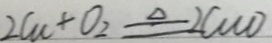
2 C u + 0 _ { 2 } \Delta q 2 C u o